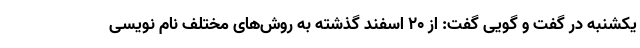
یکشنبه در گفت و گویی گفت: از ۲۰ اسفند گذشته به روش‌های مختلف نام نویسی